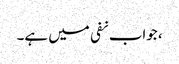
، جواب نفی میں ہے۔